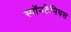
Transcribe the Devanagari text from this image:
स्पॉनटेनियस